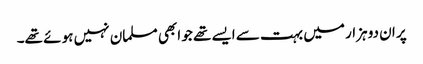
پر ان دو ہزار میں بہت سے ایسے تھے جو ابھی مسلمان نہیں ہو ئے تھے۔